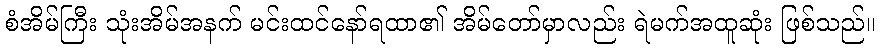
စံအိမ်ကြီး သုံးအိမ်အနက် မင်းထင်နော်ရထာ၏ အိမ်တော်မှာလည်း ရဲမက်အထူဆုံး ဖြစ်သည်။